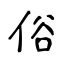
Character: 俗